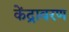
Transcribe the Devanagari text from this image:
केंद्रावरण